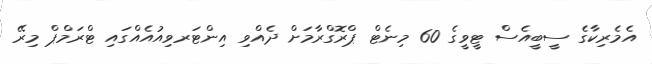
އެމެރިކާގެ ސީބީއެސް ޓީވީގެ 60 މިނެޓް ޕްރޮގްރާމަށް ދެއްވި އިންޓަރވިއުއެއްގައި ޓްރަމްޕް މިރޭ